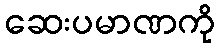
ဆေးပမာဏကို